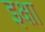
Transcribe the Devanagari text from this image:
इक्षा